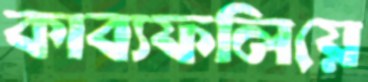
কাব্যফলিয়ে